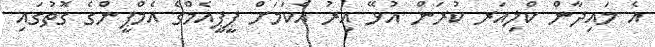
އެ މައިދާން ކްލިއަރ ކުރަން އުޅޭ އިރު އެކަމަށް ޕީޕީއެމްގެ އެމްޕީންގެ ގޮތުގައި